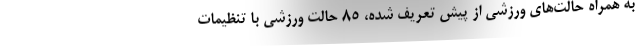
به همراه حالت‌های ورزشی از پیش تعریف شده، 85 حالت ورزشی با تنظیمات